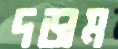
দড়াম